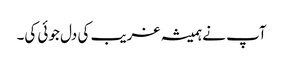
آپ نے ہمیشہ غریب کی دل جوئی کی۔